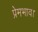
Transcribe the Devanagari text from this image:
प्रेमभाव।